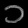
Digit: ၁